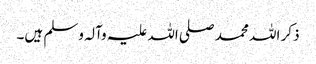
ذکر اللہ محمد صلی اللہ علیہ وآلہ وسلم ہیں۔